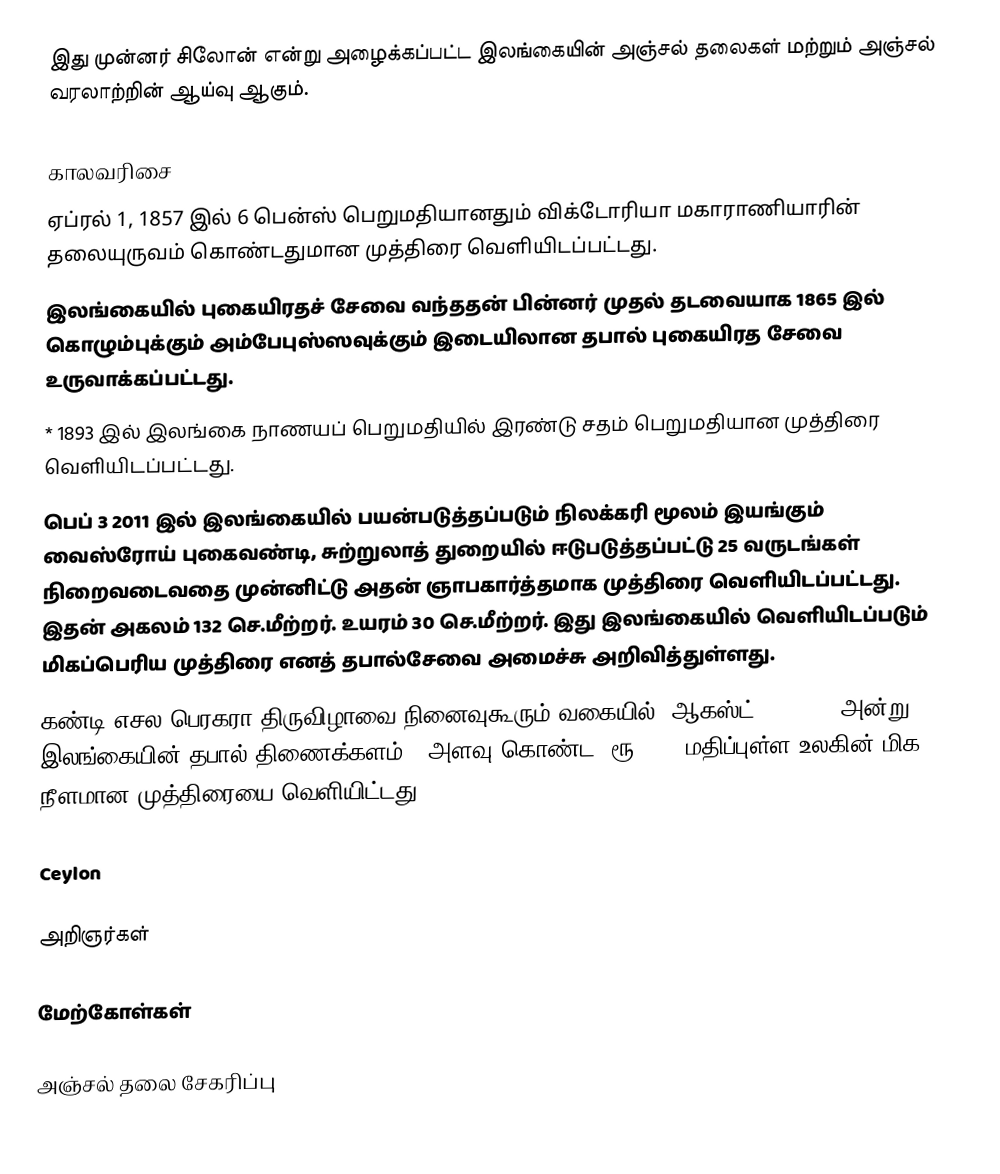
இது முன்னர் சிலோன் என்று அழைக்கப்பட்ட இலங்கையின் அஞ்சல் தலைகள் மற்றும் அஞ்சல் வரலாற்றின் ஆய்வு ஆகும்.

காலவரிசை
 ஏப்ரல் 1, 1857 இல் 6 பென்ஸ் பெறுமதியானதும் விக்டோரியா மகாராணியாரின் தலையுருவம் கொண்டதுமான முத்திரை வெளியிடப்பட்டது.
 இலங்கையில் புகையிரதச் சேவை வந்ததன் பின்னர் முதல் தடவையாக 1865 இல் கொழும்புக்கும் அம்பேபுஸ்ஸவுக்கும் இடையிலான தபால் புகையிரத சேவை உருவாக்கப்பட்டது.
 * 1893 இல் இலங்கை நாணயப் பெறுமதியில் இரண்டு சதம் பெறுமதியான முத்திரை வெளியிடப்பட்டது.
 பெப் 3 2011 இல் இலங்கையில் பயன்படுத்தப்படும் நிலக்கரி மூலம் இயங்கும் வைஸ்ரோய் புகைவண்டி, சுற்றுலாத் துறையில் ஈடுபடுத்தப்பட்டு 25 வருடங்கள் நிறைவடைவதை முன்னிட்டு அதன் ஞாபகார்த்தமாக முத்திரை வெளியிடப்பட்டது. இதன் அகலம் 132 செ.மீற்றர். உயரம் 30 செ.மீற்றர். இது இலங்கையில் வெளியிடப்படும் மிகப்பெரிய முத்திரை எனத் தபால்சேவை அமைச்சு அறிவித்துள்ளது.
 கண்டி எசல பெரகரா திருவிழாவை நினைவுகூரும் வகையில், ஆகஸ்ட் 20, 2024 அன்று, இலங்கையின் தபால் திணைக்களம் , அளவு கொண்ட,  ரூ. 500 மதிப்புள்ள உலகின் மிக நீளமான முத்திரையை வெளியிட்டது.

Ceylon

அறிஞர்கள்

மேற்கோள்கள்

அஞ்சல் தலை சேகரிப்பு